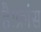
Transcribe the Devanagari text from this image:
है।फ्रांस